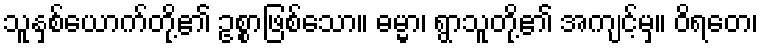
သူနှစ်ယောက်တို့၏ ဥစ္စာဖြစ်သော။ ဓမ္မာ၊ ရွာသူတို့၏ အကျင့်မှ။ ဝိရတေ၊